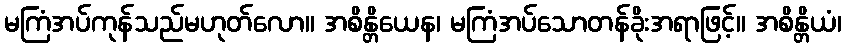
မကြံအပ်ကုန်သည်မဟုတ်လော။ အစိန္တိယေန၊ မကြံအပ်သောတန်ခိုးအရာဖြင့်။ အစိန္တိယံ၊